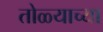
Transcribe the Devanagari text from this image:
तोळ्याच्या